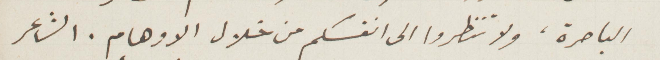
الباصرة، ولا تنظروا إلى انفسكن من خلال الأوهام. الشاعر